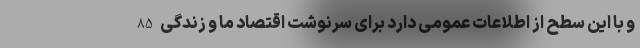
و با این سطح از اطلاعات عمومی دارد برای سرنوشت اقتصاد ما و زندگی 85